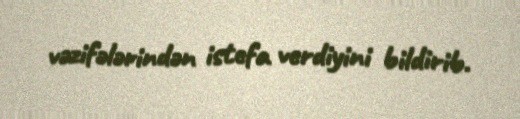
vəzifələrindən istefa verdiyini bildirib.